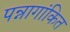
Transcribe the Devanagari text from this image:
पन्नागांकित